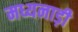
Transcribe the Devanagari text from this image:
मध्यनाड़ी